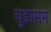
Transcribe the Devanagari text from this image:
चुडासम